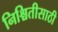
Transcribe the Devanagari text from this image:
निश्चितीसाठी